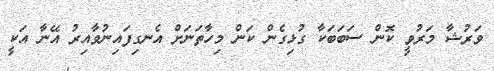
ވަރުޝާ މަރުވީ ކޮން ސަބަބަކާ ގުޅިގެން ކަން މިހާތަނަށް އެނގިފައިނުވާއިރު އޭނާ އަކީ